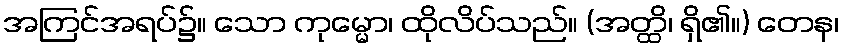
အကြင်အရပ်၌။ သော ကုမ္မော၊ ထိုလိပ်သည်။ (အတ္ထိ၊ ရှိ၏။) တေန၊